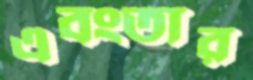
এবংতার